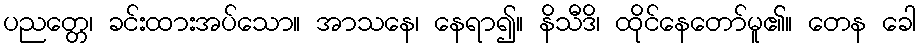
ပညတ္တေ၊ ခင်းထားအပ်သော။ အာသနေ၊ နေရာ၍။ နိသီဒိ၊ ထိုင်နေတော်မူ၏။ တေန ခေါ